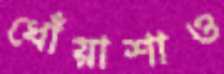
ধোঁয়াশাও